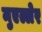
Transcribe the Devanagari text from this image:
मुएल्लेर